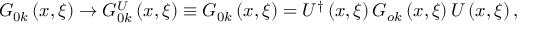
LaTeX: G _ { 0 k } \left( { x , \xi } \right) \to G _ { 0 k } ^ { U } \left( { x , \xi } \right) \equiv { \cal G } _ { 0 k } \left( { x , \xi } \right) = U ^ { \dag } \left( { x , \xi } \right) G _ { o k } \left( { x , \xi } \right) U \left( { x , \xi } \right) ,